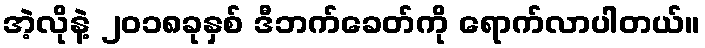
အဲ့လိုနဲ့ ၂၀၁၈ခုနှစ် ဒီဘက်ခေတ်ကို ရောက်လာပါတယ်။